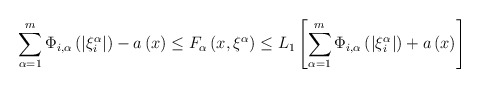
\begin{align*}\sum\limits_{\alpha =1}^{m}\Phi _{i,\alpha }\left( \left\vert \xi_{i}^{\alpha }\right\vert \right) -a\left( x\right) \leq F_{\alpha }\left(x,\xi ^{\alpha }\right) \leq L_{1}\left[ \sum\limits_{\alpha =1}^{m}\Phi_{i,\alpha }\left( \left\vert \xi _{i}^{\alpha }\right\vert \right) +a\left(x\right) \right] \end{align*}